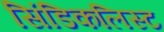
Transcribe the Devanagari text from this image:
सिंडिकलिस्ट